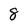
Character: 8